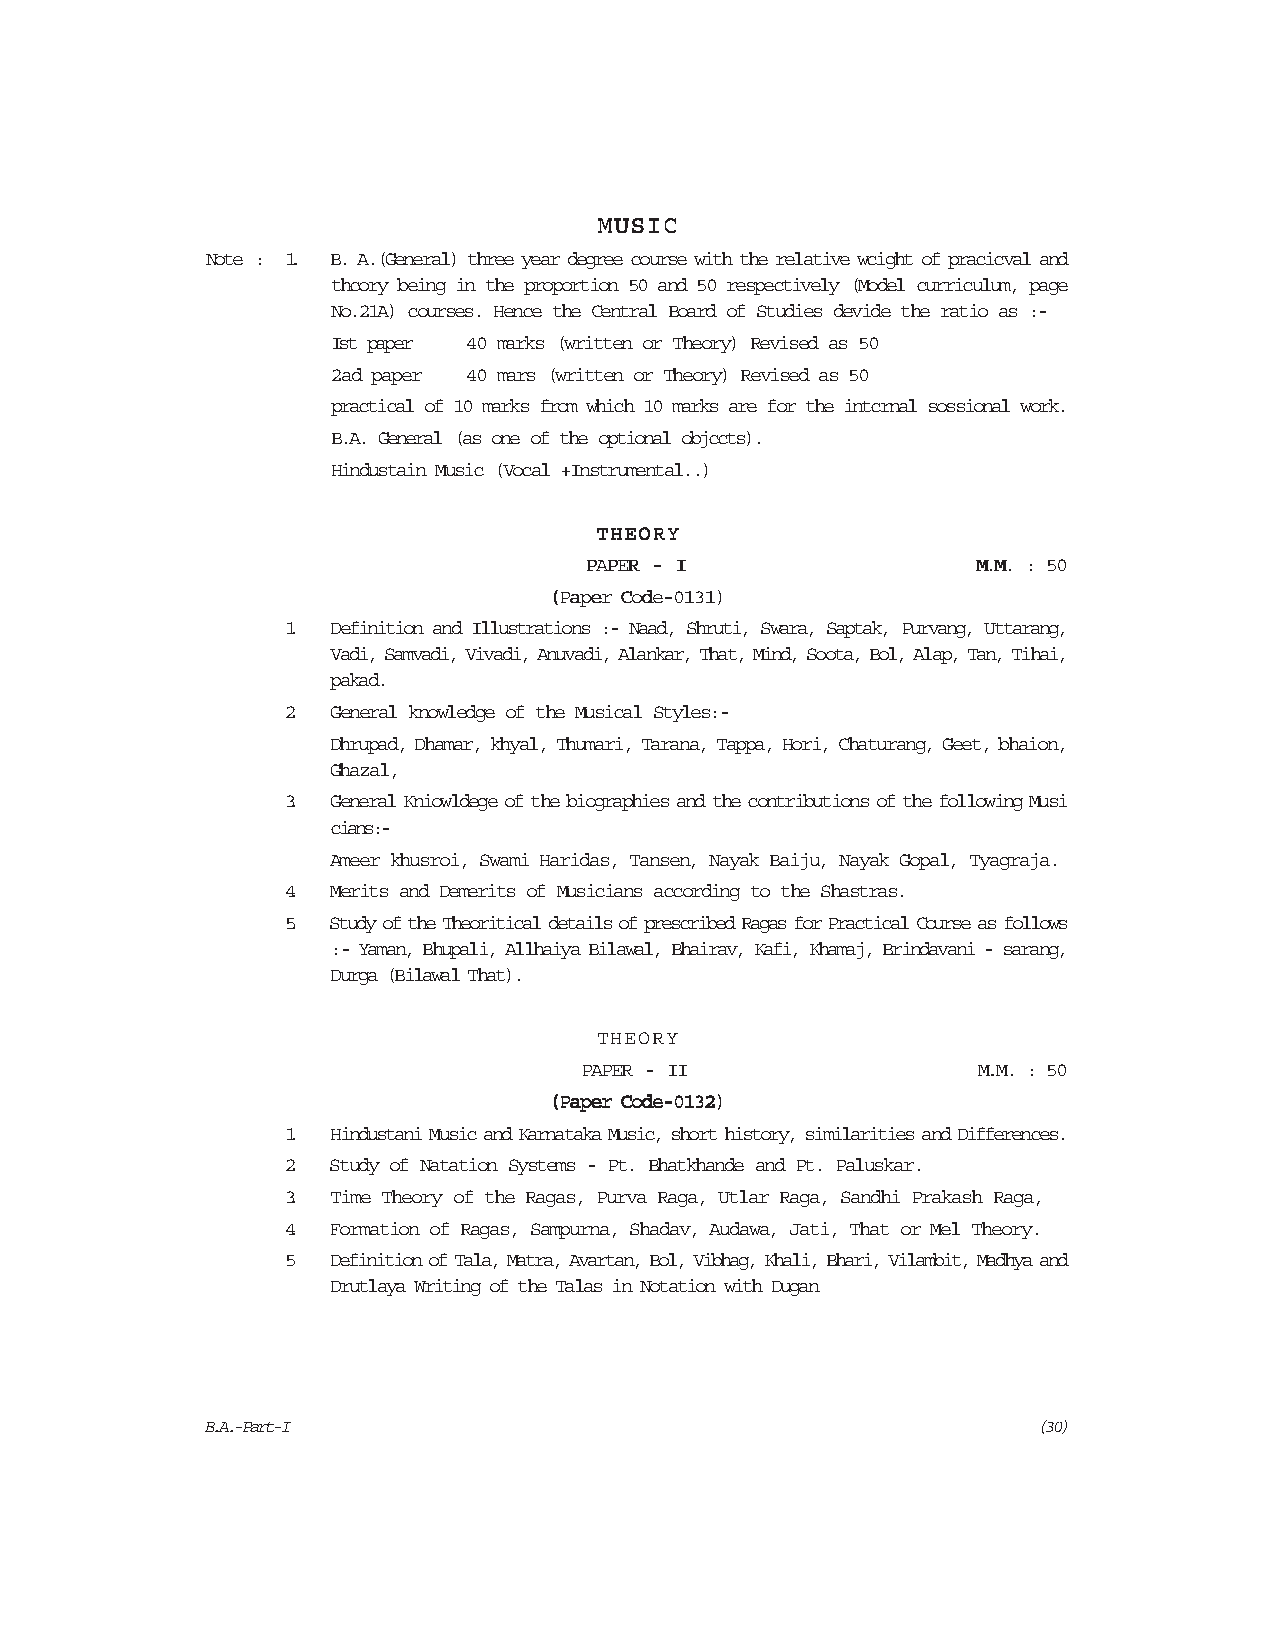
MMMMMUUUUUSSSSSIIIIICCCCC
 NNNNNooooottttteeeee ::::: 11111..... B. A.(General) three year degree course with the relative wcight of pracicval and
 thcory being in the proportion 50 and 50 respectively (Model curriculum, page
 No.21A) courses. Hence the Central Board of Studies devide the ratio as :-
 Ist paper 40 marks (written or Theory) Revised as 50
 2ad paper 40 mars (written or Theory) Revised as 50
 practical of 10 marks from which 10 marks are for the intcrnal sossional work.
 B.A. General (as one of the optional objccts).
 Hindustain Music (Vocal +Instrumental..)
 TTTTTHHHHHEEEEEOOOOORRRRRYYYYY
 PPPPPAAAAAPPPPPEEEEERRRRR ----- IIIII MMMMM.....MMMMM..... ::::: 5555500000
 (((((PPPPPaaaaapppppeeeeerrrrr CCCCCooooodddddeeeee-----00000111113333311111)))))
 1. Definition and Illustrations :- Naad, Shruti, Swara, Saptak, Purvang, Uttarang,
 Vadi, Samvadi, Vivadi, Anuvadi, Alankar, That, Mind, Soota, Bol, Alap, Tan, Tihai,
 pakad.
 2. General knowledge of the Musical Styles:-
 Dhrupad, Dhamar, khyal, Thumari, Tarana, Tappa, Hori, Chaturang, Geet, bhaion,
 Ghazal,
 3. General Kniowldege of the biographies and the contributions of the following Musi
 cians:-
 Ameer khusroi, Swami Haridas, Tansen, Nayak Baiju, Nayak Gopal, Tyagraja.
 4. Merits and Demerits of Musicians according to the Shastras.
 5. Study of the Theoritical details of prescribed Ragas for Practical Course as follows
 :- Yaman, Bhupali, Allhaiya Bilawal, Bhairav, Kafi, Khamaj, Brindavani - sarang,
 Durga (Bilawal That).
 TTTTTHHHHHEEEEEOOOOORRRRRYYYYY
 PPPPPAAAAAPPPPPEEEEERRRRR ----- IIIIIIIIII MMMMM.....MMMMM..... ::::: 5555500000
 (((((PPPPPaaaaapppppeeeeerrrrr CCCCCooooodddddeeeee-----00000111113333322222)))))
 1. Hindustani Music and Karnataka Music, short history, similarities and Differences.
 2. Study of Natation Systems - Pt. Bhatkhande and Pt. Paluskar.
 3. Time Theory of the Ragas, Purva Raga, Utlar Raga, Sandhi Prakash Raga,
 4. Formation of Ragas, Sampurna, Shadav, Audawa, Jati, That or Mel Theory.
 5  Definition of Tala, Matra, Avartan, Bol, Vibhag, Khali, Bhari, Vilambit, Madhya and
 Drutlaya Writing of the Talas in Notation with Dugan
 B.A.-Part-I                                             (30)